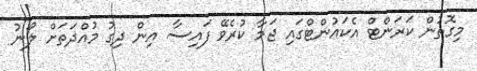
މިގޮތުން ކަރަންޓް އެކައުންޓްގައި ޖަމާ ކުރެވޭ ފައިސާ އިން ދިގު މުއްދަތަށް ލޯނު